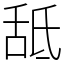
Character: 䑛